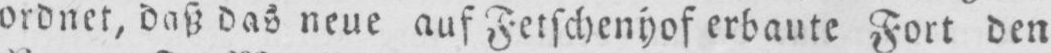
ordnet, daß das neue auf Fetschenhof erbaute Fort den